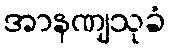
အာနဏျသုခံ